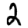
Digit: 2